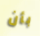
بأن